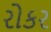
રોકર